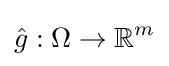
{\hat {g}}:\Omega \to \mathbb {R} ^{m}